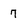
Character: 7